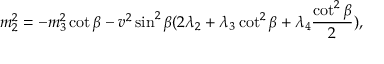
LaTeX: m _ { 2 } ^ { 2 } = - m _ { 3 } ^ { 2 } \cot \beta - v ^ { 2 } \sin ^ { 2 } \beta ( 2 \lambda _ { 2 } + \lambda _ { 3 } \cot ^ { 2 } \beta + \lambda _ { 4 } { \frac { \cot ^ { 2 } \beta } { 2 } } ) ,